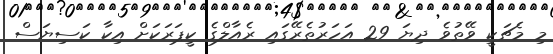
މި މެޗަކީ ވޭތުވެ ދިޔަ 29 އަހަރުތެރޭގައި ރެއާލްގެ ކީޕަރަކަށް އިކާ ކަސިޔަސް